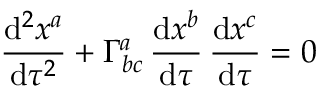
{ \frac { \mathrm { d } ^ { 2 } x ^ { a } } { \mathrm { d } \tau ^ { 2 } } } + \Gamma _ { b c } ^ { a } \, { \frac { \mathrm { d } x ^ { b } } { \mathrm { d } \tau } } \, { \frac { \mathrm { d } x ^ { c } } { \mathrm { d } \tau } } = 0